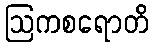
ဩကစရောတိ